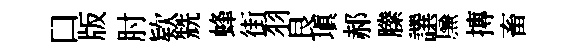
口版肘欵兟蜂街羽艮填郝縢譔㢘摶畜